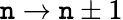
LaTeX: \mathtt{n}\rightarrow\mathtt{n}\pm1